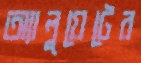
অ্যালুয়েটের